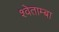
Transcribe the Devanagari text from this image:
श्वेताम्बा